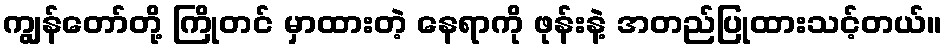
ကျွန်တော်တို့ ကြိုတင် မှာထားတဲ့ နေရာကို ဖုန်းနဲ့ အတည်ပြုထားသင့်တယ်။